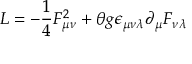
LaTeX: L = - \frac { 1 } { 4 } F _ { \mu \nu } ^ { 2 } + \theta g \epsilon _ { \mu \nu \lambda } \partial _ { \mu } F _ { \nu \lambda }